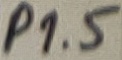
Text: P1.5